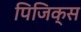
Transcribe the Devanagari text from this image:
पिजिक्स